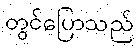
တွင်ပြောသည်